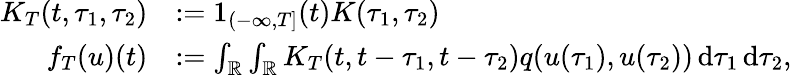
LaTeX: \begin{array}{rl}{K_{T}(t,\tau_{1},\tau_{2})}&{\mathrel{\mathop:}=1_{(-\infty,T]}(t)K(\tau_{1},\tau_{2})}\\ {f_{T}(u)(t)}&{\mathrel{\mathop:}=\int_{\mathbb{R}}\int_{\mathbb{R}}K_{T}(t,t-\tau_{1},t-\tau_{2})q(u(\tau_{1}),u(\tau_{2}))\mathop{\mathrm{d}\tau_{1}}\mathop{\mathrm{d}\tau_{2}},}\end{array}